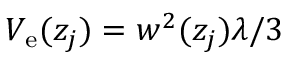
V _ { \mathrm { e } } ( z _ { j } ) = w ^ { 2 } ( z _ { j } ) \lambda / 3